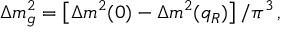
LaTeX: \Delta m _ { g } ^ { 2 } = \left[ \Delta m ^ { 2 } ( 0 ) - \Delta m ^ { 2 } ( q _ { R } ) \right] / \pi ^ { 3 } \, ,